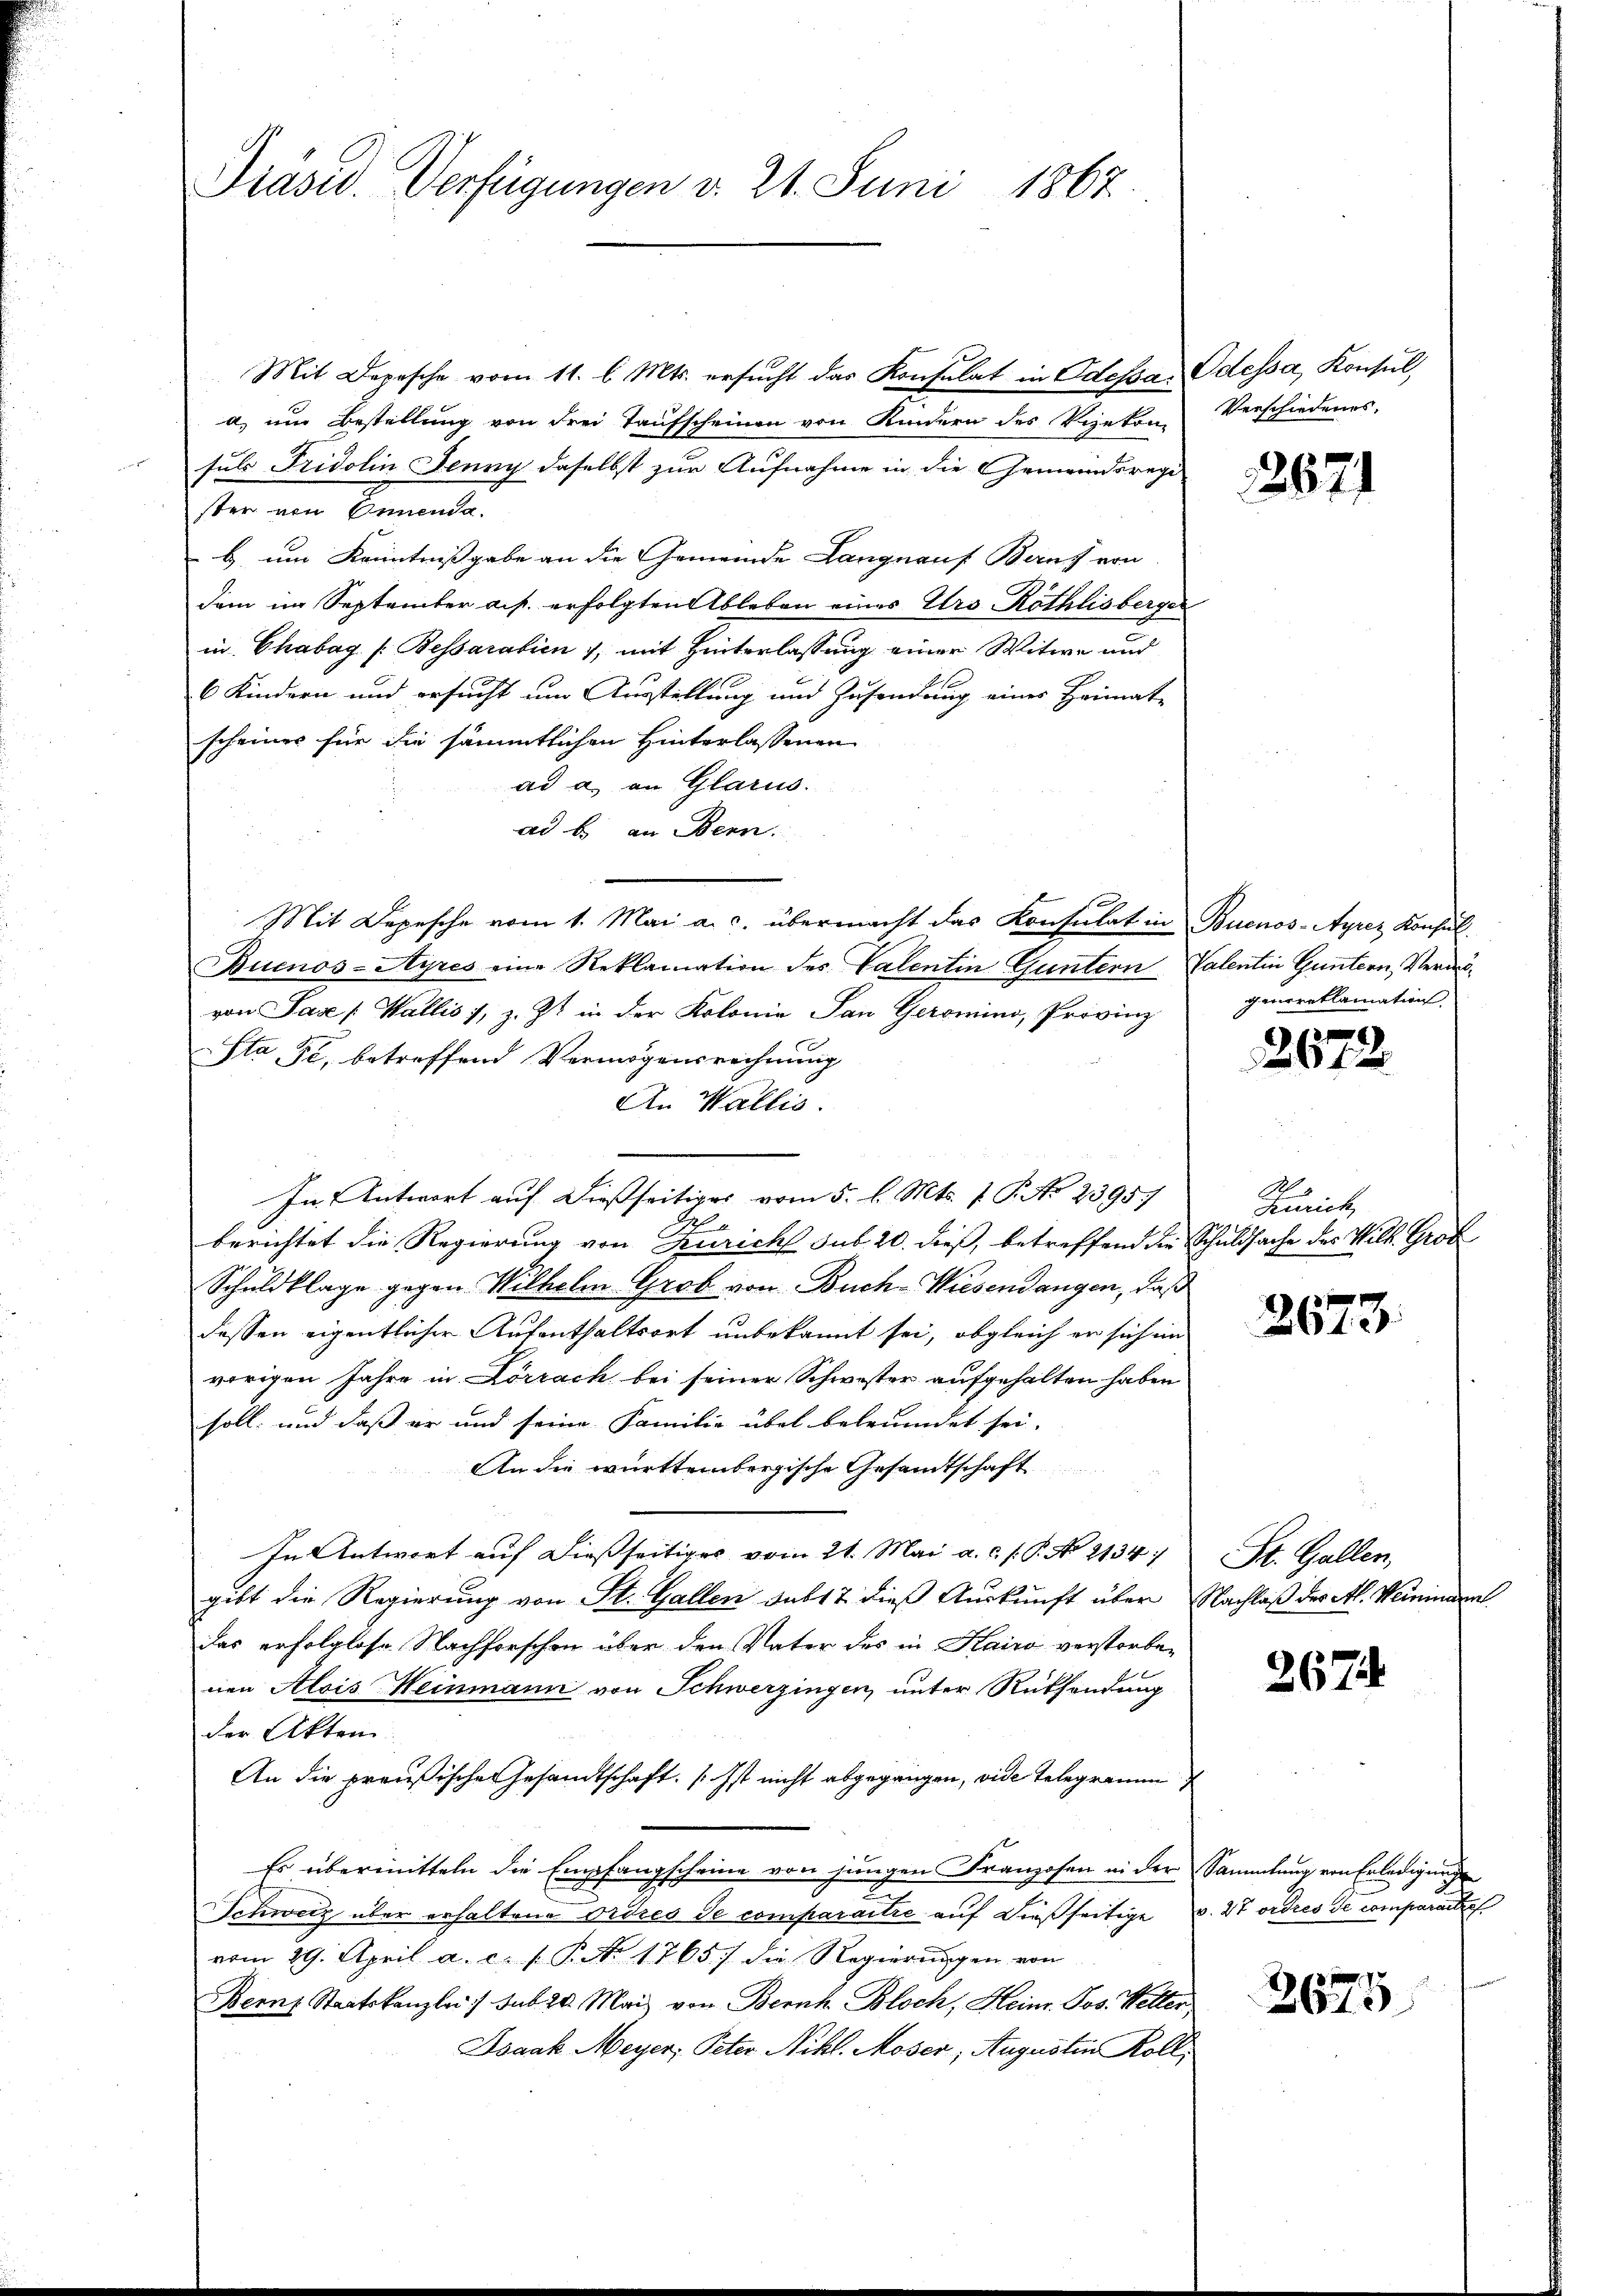
Präsid. Verfügungen d. 21. Juni 1867.

Mit Depesche vom 11. l. Mts. ersŭcht das Konsulat in Odessa, Odessa, Konsul,
a im Bestellung von den Taufscheinen von Kindern des Vizekon
suls Fridolin Jenny daselbst zur Aufnahme in die Gemeindsregi
ster von Ennenda
b um Kenntnißgabe an die Gemeinde Langnauf Beruf von
dem im September a.p. erfolgten Ableben eines Urs Röthlisberger
in Chabag [Bessarabien 1, mit Hinterlassung einer Witwe und
6 Kindern und ersucht um Ausstellung und Zusendung eines Heimat-
scheines für die sämmtlichen Hinterlassenen
ad a. an Glarus.
ad b. an Bern.
Mit Depesche vom 1. Mai a. c. übermacht das Konsulat in Buenos-Ayrez Konsul
Buenos-Ayres eine Reklamation des Valentin Guntern Valentin Guntern, Verabvon Pase [Wallis, z. Zt. in der Kolonie San Geromino, Provinz
Sta Fr. betreffend Vermögensrechnung
An Wallis.
In Antwort auf dießseitiges vom 5. l. Mts. 1. P. No 23957
S
berichtet die Regierung von Zürich sub 20. dieß, betreffend die Schuldsache des Wilk. Groß
Schuldklage gegen Wilhelm Grob von Buch-Wiesendangen, daß
dessen eigentlicher Aufenthaltsort unbekannt sei, obgleich er sich im
vorigen Jahre in Lörrach bei seiner Schwister aufgehalten haben
soll; und daß er und seine Familie übel befremdet sei.
An die württembergische Gesandtschaft
In Antwort auf dießseitiges vom 21. Mai a. c. s. P. No 2134
gibt die Regierung von St. Gallen sub 17 dieß Auskunft über Nachlaß des Al. Weminar
das erfolglose Nachforschen über den Vater des in Kairo verstorbenen Alois Weinmann von Schwerzingen, unter Rücksendung
der Akten
An die preußischen Gesandtschaft. Ist nicht abgegangen, vide Telegramm
Es übermitteln die Empfangscheine von jungen Franzosen in der Sammlung von Erledigungen
Schweiz über erhaltene Ordres de comparaitre auf dießseitige v. 27 ordres de comparate
vom 29. April a. c. s. P. Nr. 1765/ die Regierungen von
Bern Staatskanzlei :/ sub. 20. Mai von Bernk Bloch, Heinr. Jos. Wetter
Isaak Meyer, Peter Nikl. Moser, Augustin Koll

Verschiedenes,

2671

genereklamation

642

)

A
Kurich
296

2673.

St. Gallen,

267

3675